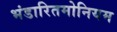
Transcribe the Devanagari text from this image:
भंडारितमोनियम